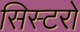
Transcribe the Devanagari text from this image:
सिस्टरों